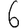
Digit: 6